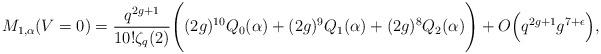
LaTeX: \begin{align*}M_{1,\alpha}(V = 0) &= \frac{q^{2g+1}}{10! \zeta_q(2)} \Bigg( (2g)^{10} Q_0(\alpha) + (2g)^9 Q_1(\alpha) +(2g)^8 Q_2(\alpha) \Bigg) +O\Big(q^{2g+1} g^{7+\epsilon}\Big),\end{align*}